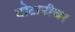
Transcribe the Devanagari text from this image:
बोटानीचर